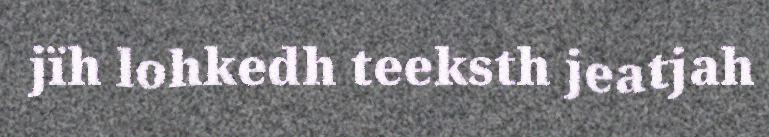
jïh lohkedh teeksth jeatjah